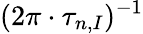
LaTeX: (2\pi\cdot\tau_{n,I})^{-1}